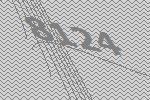
8124